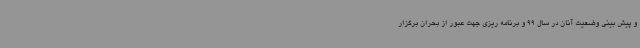
و پیش بینی وضعیت آنان در سال 99 و برنامه ریزی جهت عبور از بحران برگزار